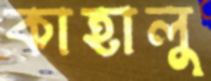
কাহালু